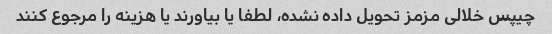
چیپس خلالی مزمز تحویل داده نشده، لطفا یا بیاورند یا هزینه را مرجوع کنند